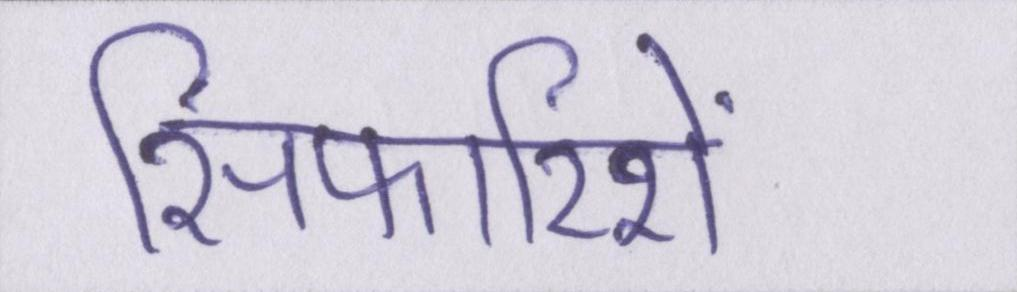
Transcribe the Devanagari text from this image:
सिफारिशें